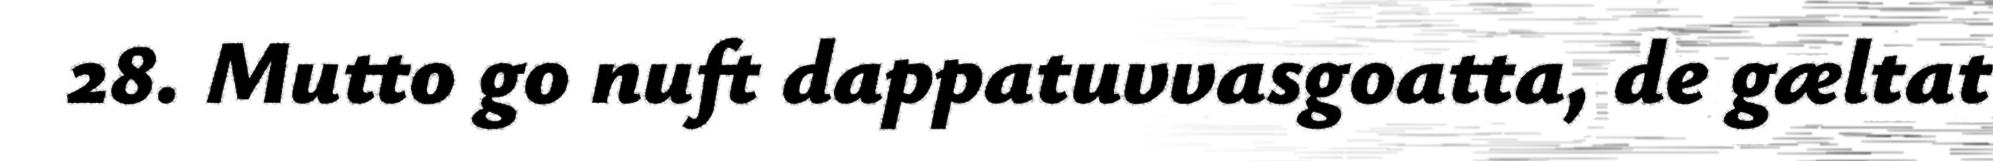
28. Mutto go nuft dappatuvvasgoatta, de gæltat